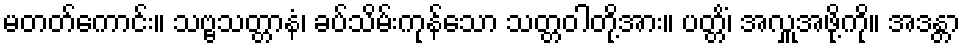
မတတ်ကောင်း။ သဗ္ဗသတ္တာနံ၊ ခပ်သိမ်းကုန်သော သတ္တဝါတို့အား။ ပတ္တိံ၊ အလှူအဖို့ကို။ အဒန္တာ